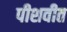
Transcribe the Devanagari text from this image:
पीशवीत